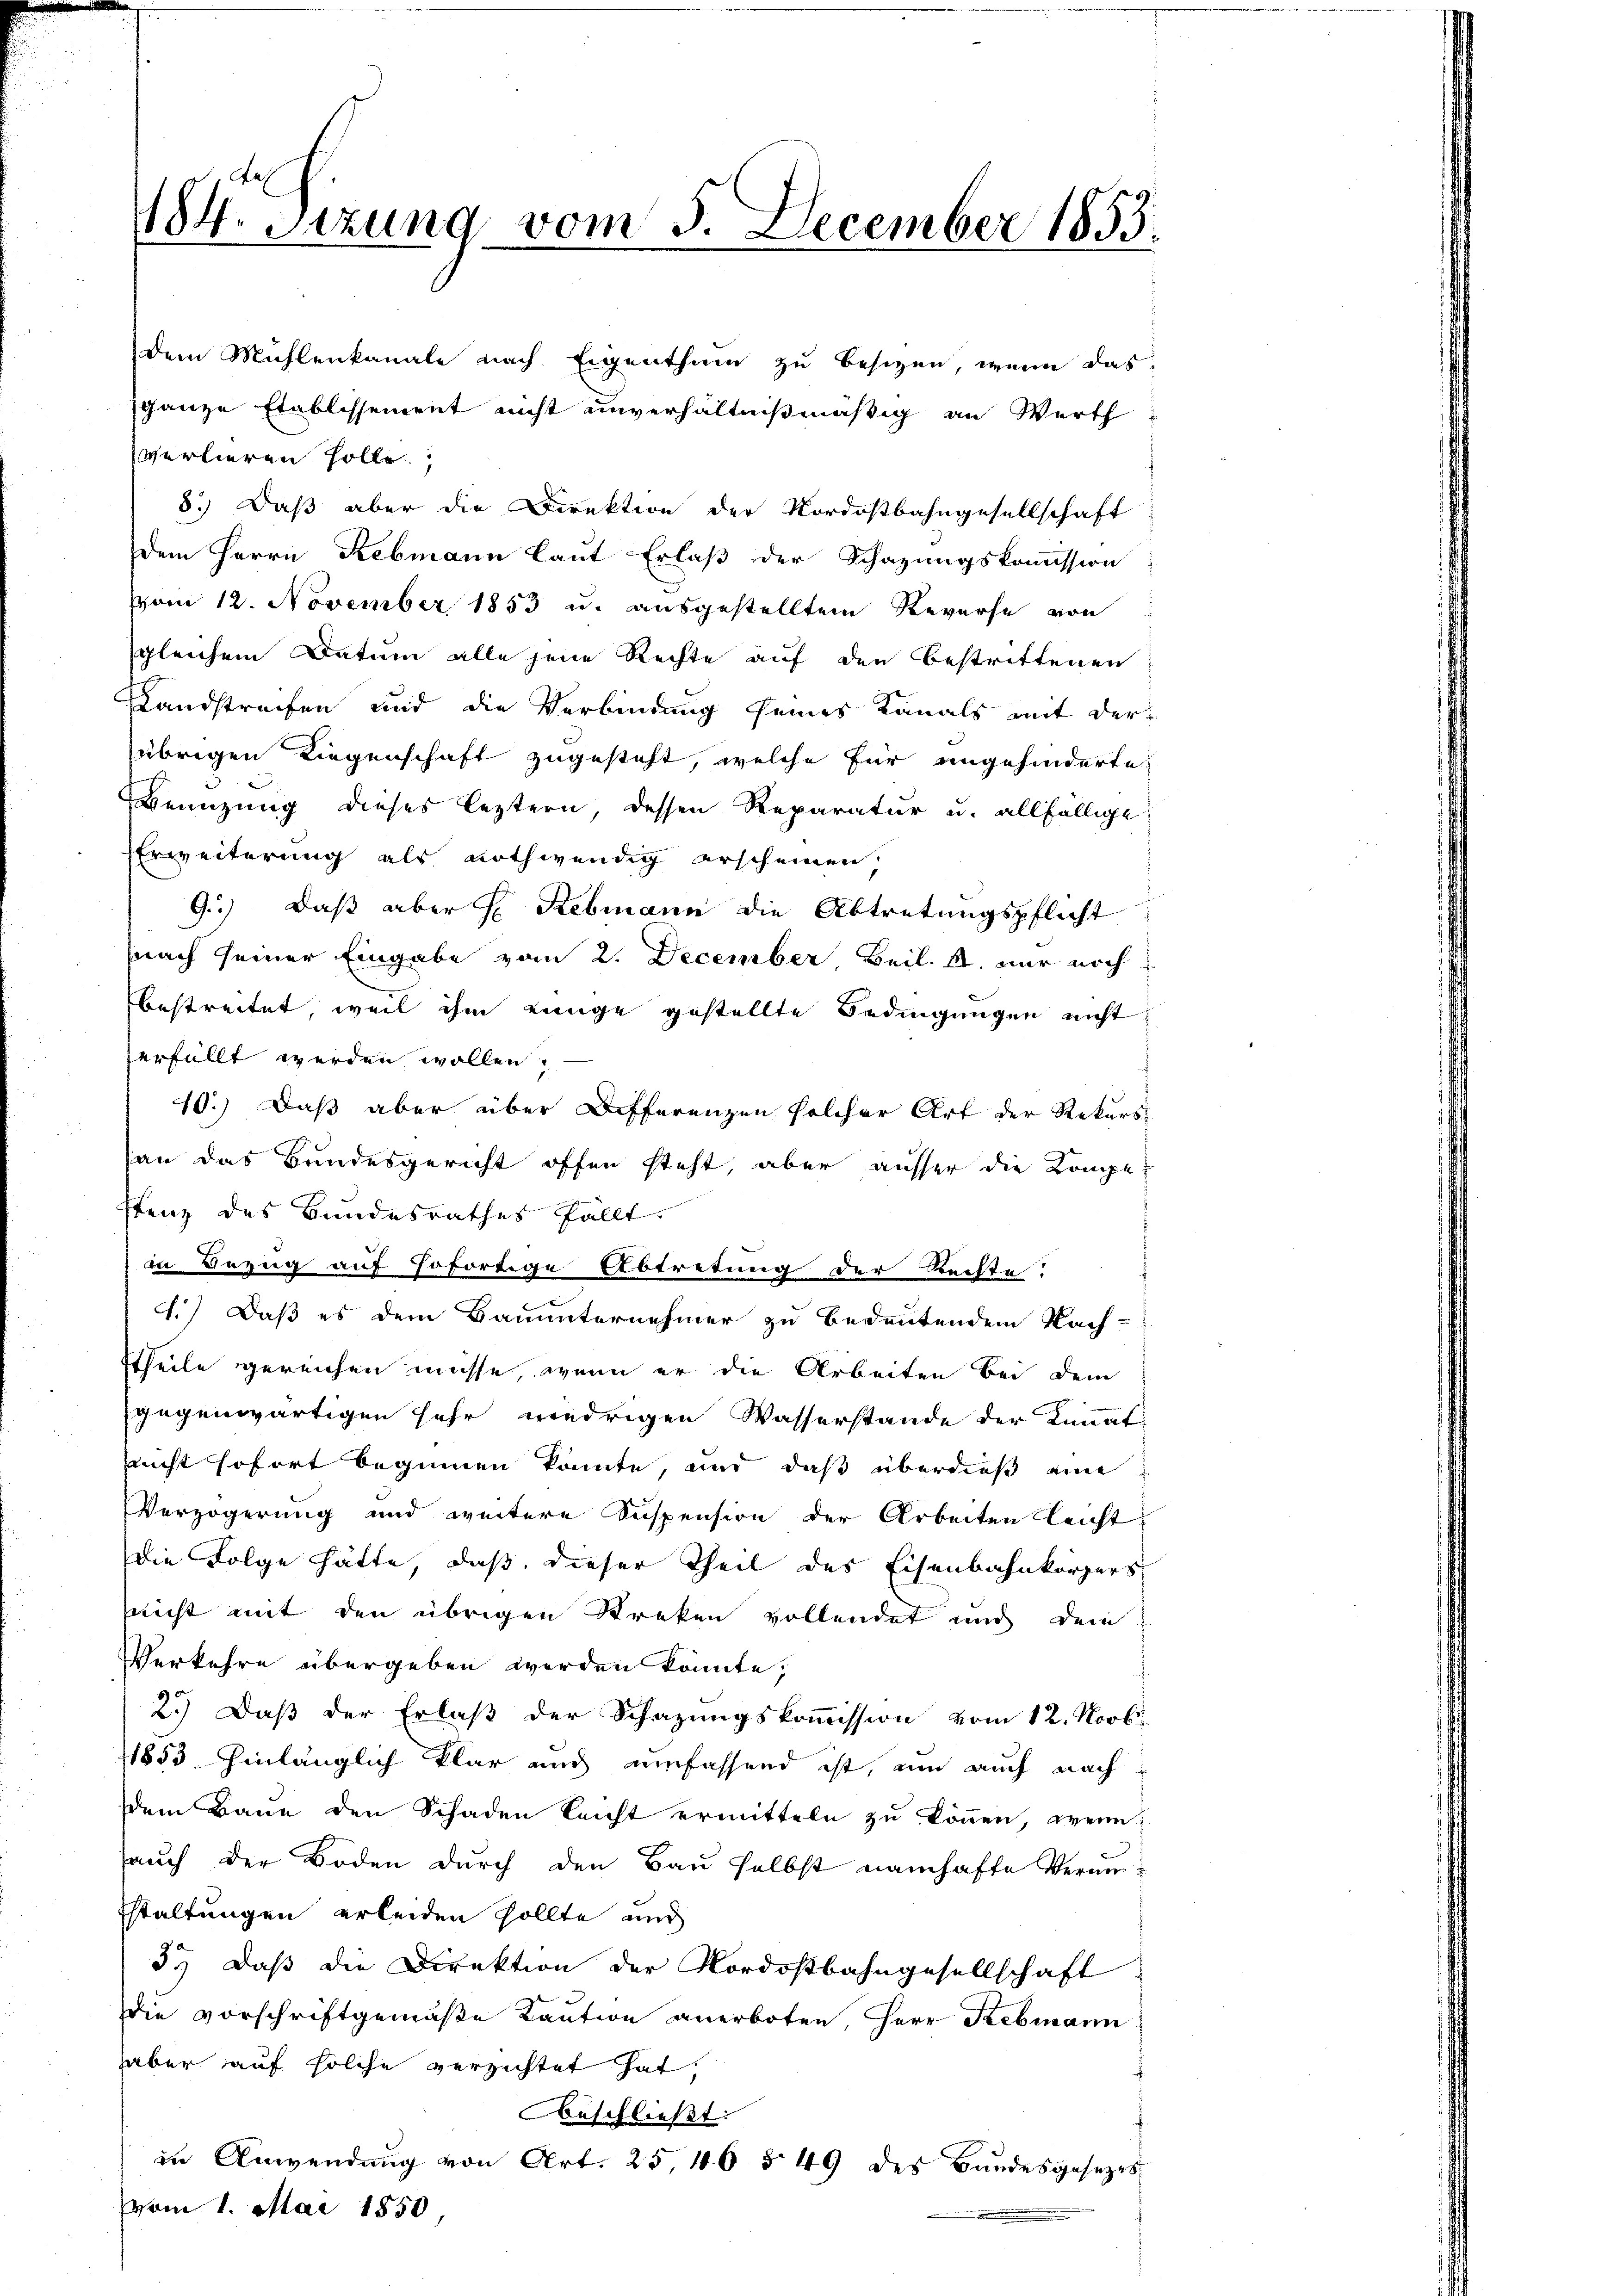
184. Sizung vom 3. December 1853.

in Bezug auf sofortige Abtretung der Rechte:
1.) Daß es dem Bauunternehmer zu bedeutendem Nach-
Theile gereichen müsse, wenn er die Arbeiten bei dem
gegenwärtigen sehr wiedrigen Wasserstande der Limmat-
nicht sofort beginnen könnte, und daß überdieß eine
Verzögerung und weitere Suspension der Arbeiten leicht
die Folge hätte, daß dieser Theil des Eisenbahnkörpers
nicht mit den übrigen Streken vollendet und dein
Verkehre übergeben werden könnte;
2.) Daß der Erlaß der Schazungskommission vom 12. Novbr.
11853 hinlänglich klar und umfassend ist, um auch nach
dem Baue den Schaden leicht ermitteln zu können, wenn
auch der Boden durch den Bau selbst namhafte Veranstaltungen erleiden sollte, und
3.) Daß die Direktion der Nordostbahngesellschaft
Die vorschriftgemäße Kaution anerboten, Herr Rebmann
aber auf solche verzichtet hat,
Beschließt:
in Anwendŭng von Art. 25, 46 § 49 des Bandesgesezes
vom 1. Mai 1850

dem Mühlenkanate nach Eigenthum zu besizen, wenn das
sganze Etablissement nicht unverhältnißmäßig an Werth
verlieren solle.
8.) Daß aber die Direktion der Nordostbahngesellschaft
dem Herrn Rebmann laut Erlaß der Schazungskommission
vom 12. November 1853 u. ausgestelltem Reverse von
gleichem Datum alle jene Rechte auf den Bestrittenen
Landstrafen und die Verbindung seines Kanals mit der
übrigen Liegenschaft zugesteht, welche für ungehinderte
Wenuzung dieses leztern, dessen Reparatur u. allfällige
Erweiterung als nothwendig erscheinen.
9.) Daß aber h. Rebmann die Abtretungspflicht
nach seiner Eingabe vom 2. December Beil. A. nur noch
bestreitet, weil ihm einge gestellte Bedingungen nicht
zerfällt werden wollen.
40.) Daß aber über Differenzen solcher Art der Rekurs
an das Bundesgericht offen steht, aber ausser die Kompestenz des Bundesrathes fällt.